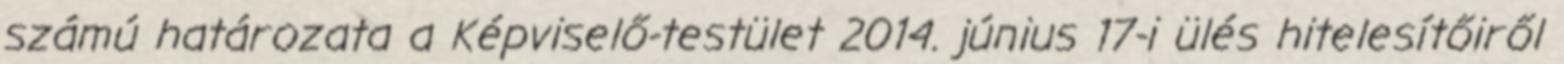
számú határozata a Képviselő-testület 2014. június 17-i ülés hitelesítőiről